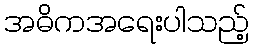
အဓိကအရေးပါသည့်